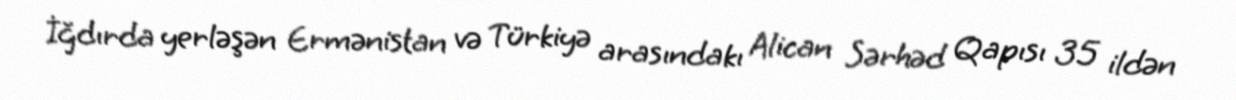
İğdırda yerləşən Ermənistan və Türkiyə arasındakı Alican Sərhəd Qapısı 35 ildən